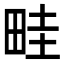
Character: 畦